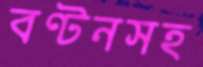
বণ্টনসহ